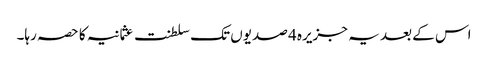
اس کے بعد یہ جزیرہ 4 صدیوں تک سلطنت عثمانیہ کا حصہ رہا۔